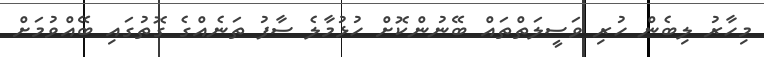
މިހާރު ލިބެން ހުރި ވަސީލަތްތައް ބޭނުންކޮށް ހުޅުމާލެ ސާފު ތަނެއްގެ ގޮތުގައި ބޭއްވުމަށް